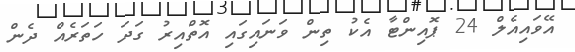
އޭވައިއެލް 24 ޕޮއިންޓާ އެކު ތިން ވަނައިގައި އޮތްއިރު ގަދަ ހަތަރެއް ދެން